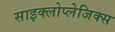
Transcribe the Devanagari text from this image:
साइक्लोप्लेजिक्स